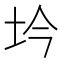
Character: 坅